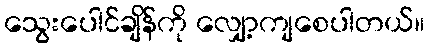
သွေးပေါင်ချိန်ကို လျှော့ကျစေပါတယ်။